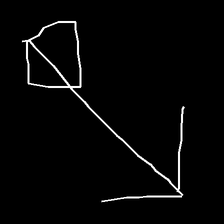
Glyph: focus